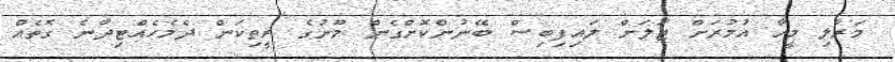
މަރާލި މީހާ އުމުރަށް ޖަލަށް ލައިފިބިސް ބޭނުންކޮށްގެން މޫނުގެ ރީތިކަން ދެމެހެއްޓިދާނެ ގޮތެއް